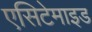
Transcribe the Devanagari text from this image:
एसिटेमाइड